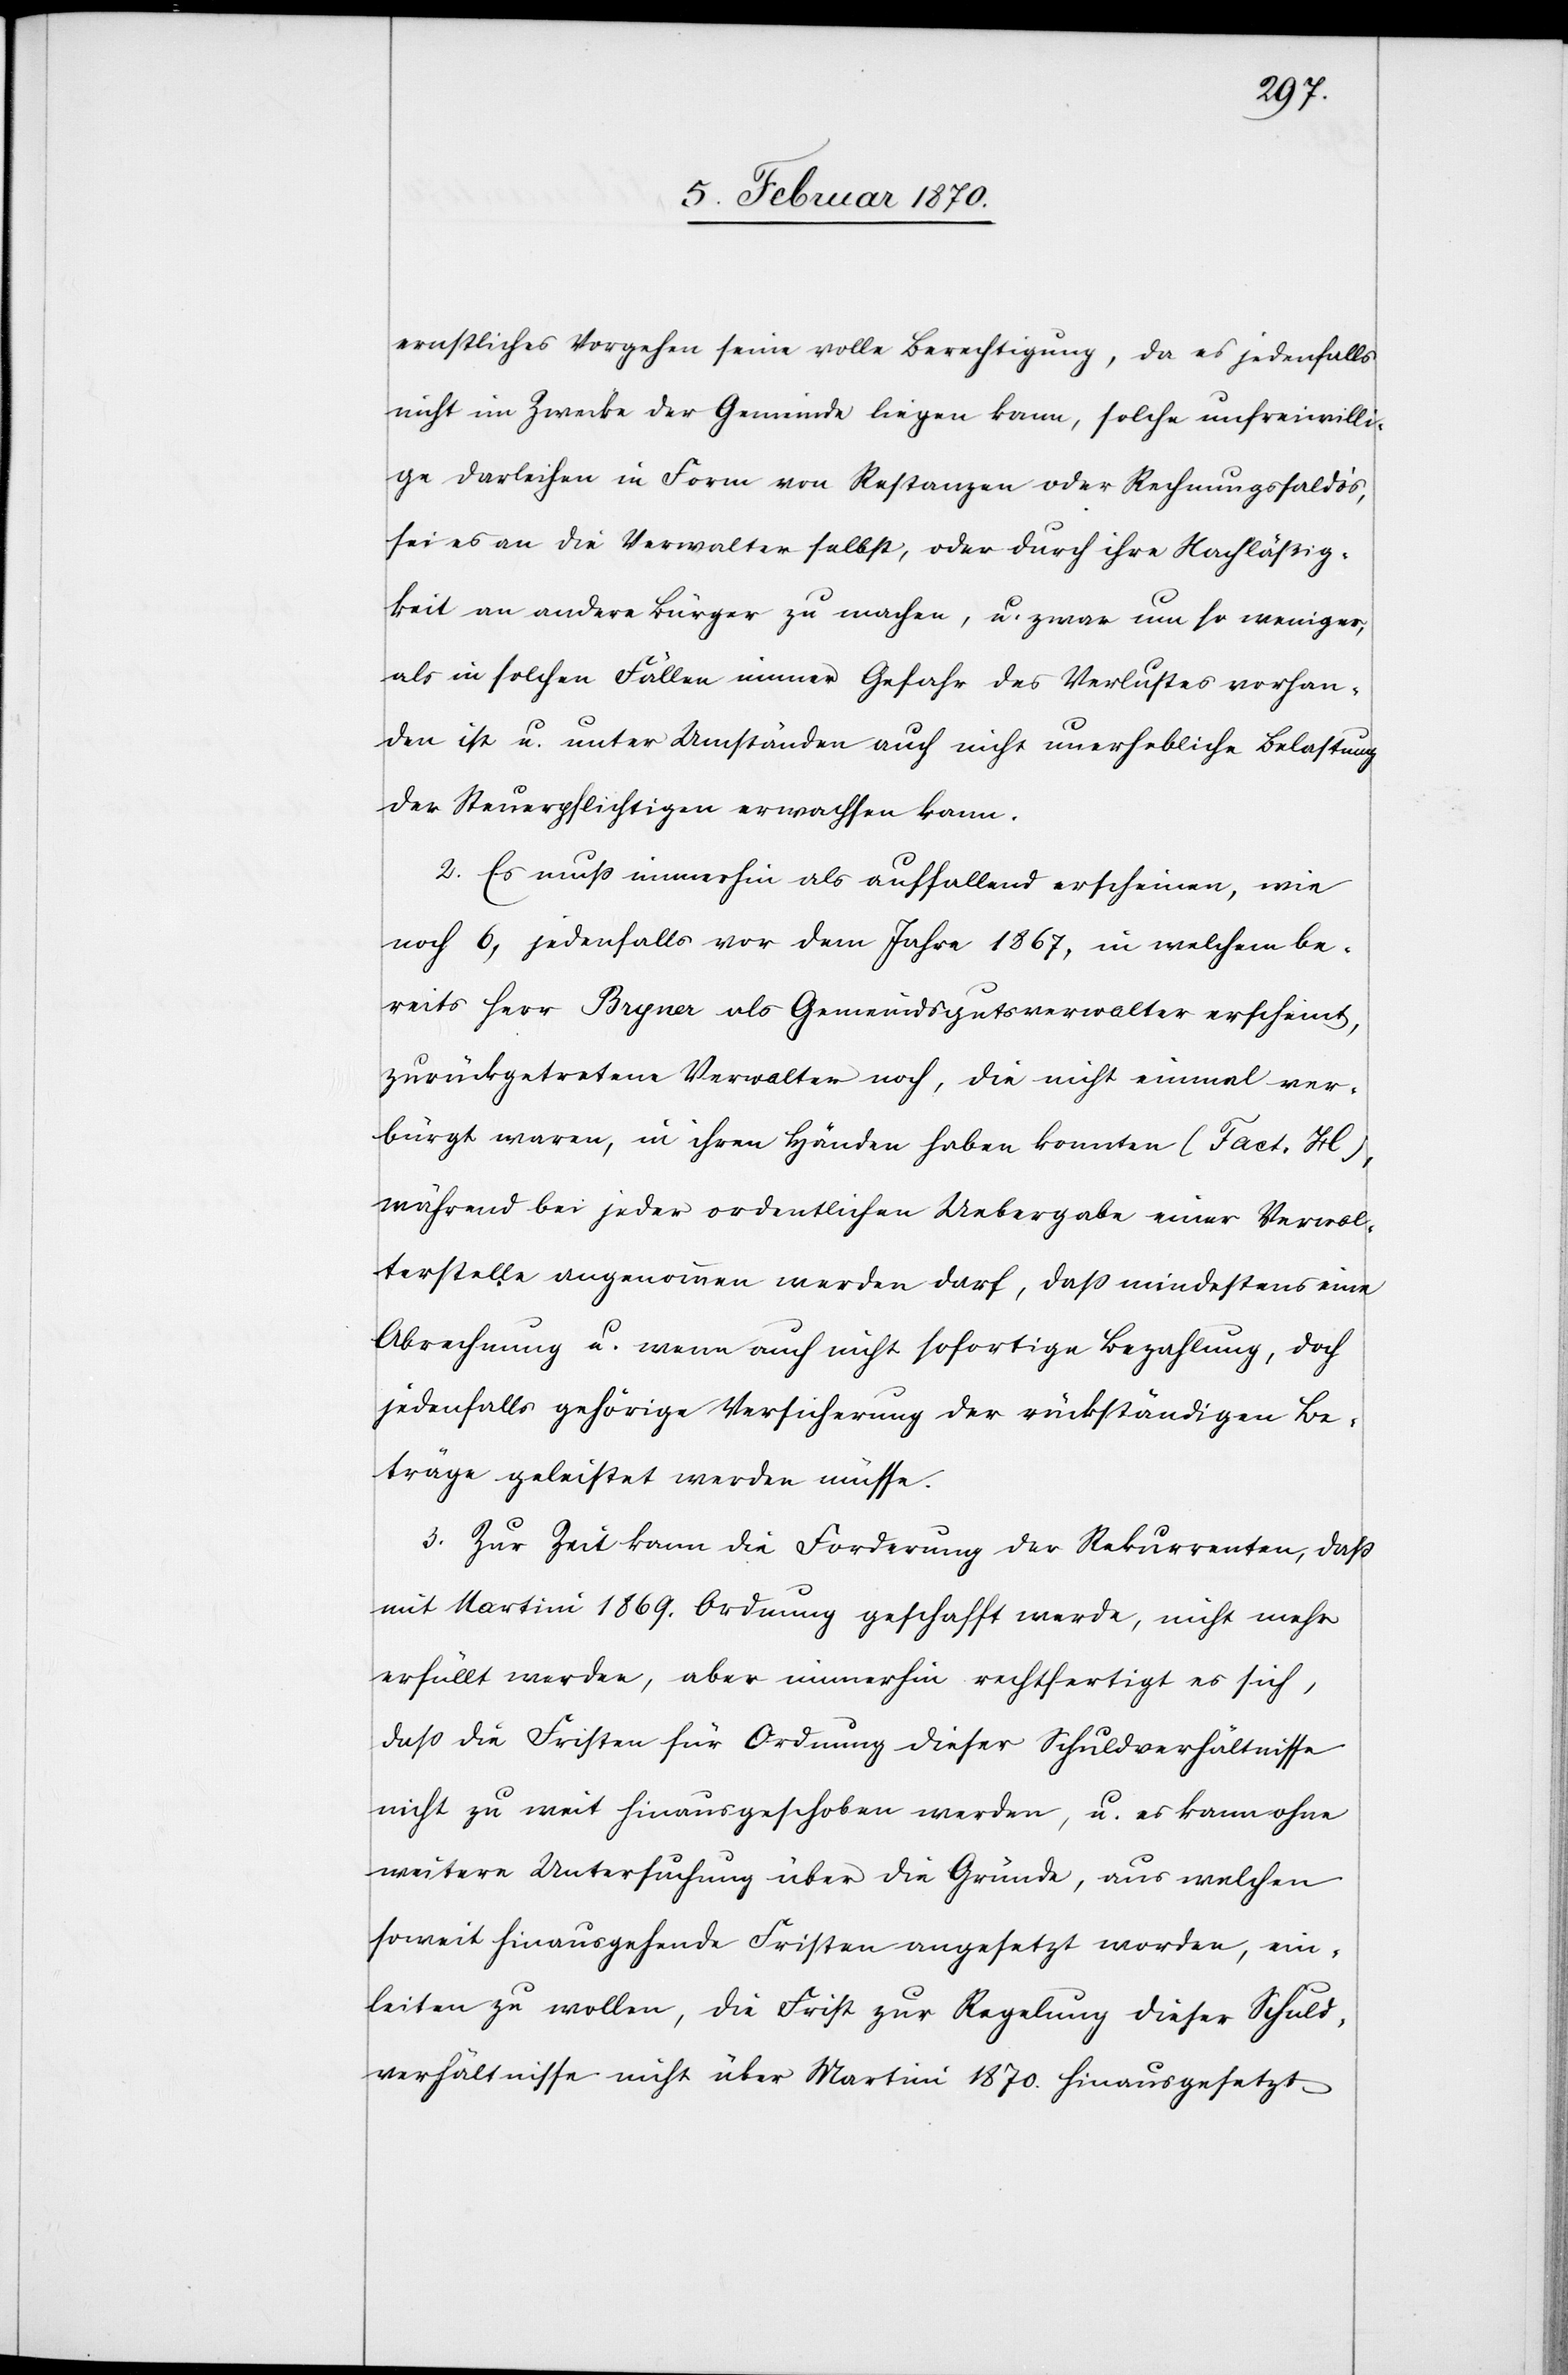
ernstliches Vorgehen seine volle Berechtigung, da es jedenfalls
nicht im Zwecke der Gemeinde liegen kann, solche unfreiwilli¬
ge Darleihen in Form von Restanzen oder Rechnungssaldoʼs,
sei es an die Verwalter selbst, oder durch ihre Nachläßig¬
keit an andere Bürger zu machen, u. zwar um so weniger,
als in solchen Fällen immer Gefahr des Verlustes vorhan¬
den ist u. unter Umständen auch nicht unerhebliche Belastung
der Steuerpflichtigen erwachsen kann.
2. Es muss immerhin als auffallend erscheinen, wie
noch 6, jedenfalls vor dem Jahre 1867, in welchem be¬
reits Herr Bryner als Gemeindsgutsverwalter erscheint,
zurückgetretene Verwalter noch, die nicht einmal ver¬
bürgt waren, in ihren Händen haben konnten (Fact. H),
während bei jeder ordentlichen Uebergabe einer Verwol¬
terstelle [sic!] angenommen werden darf, daß mindestens eine
Abrechnung u. wenn auch nicht sofortige Bezahlung, doch
jedenfalls gehörige Versicherung der rückständigen Be¬
träge geleistet werden müsse.
3. Zur Zeit kann die Forderung der Rekurrenten, dass
mit Martini 1869. Ordnung geschafft werde, nicht mehr
erfüllt werden, aber immerhin rechtfertigt es sich,
dass die Fristen für Ordnung dieser Schuldverhältnisse
nicht zu weit hinausgeschoben werden, u. es kann ohne
weitere Untersuchung über die Gründe, aus welchen
soweit hinausgehende Fristen angesetzt worden, ein¬
leiten zu wollen, die Frist zur Regelung dieser Schuld¬
verhältnisse nicht über Martini 1870. hinausgesetzt